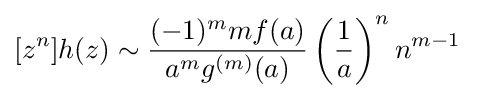
[z^{n}]h(z)\sim {\frac {(-1)^{m}mf(a)}{a^{m}g^{(m)}(a)}}\left({\frac {1}{a}}\right)^{n}n^{m-1}\quad